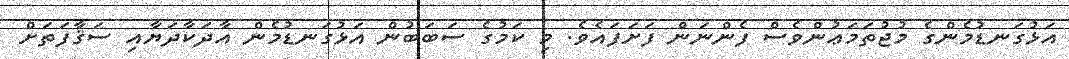
އަޅުގަނޑުމެންގެ މުޖުތަމަޢުންވެސް ފެންނަން ފަށަފައެވެ. މި ކަމުގެ ސަބަބުން އަޅުގަނޑުމެން އާދަކާދަޔާއި ސަޤާފަތަށް